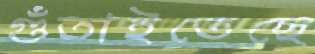
গুঁতাইতেছে